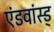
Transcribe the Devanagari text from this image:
एंडवांस्ड्